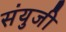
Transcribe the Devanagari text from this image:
संयुजी